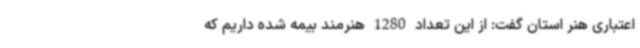
اعتباری هنر استان گفت: از این تعداد 1280 هنرمند بیمه شده داریم که